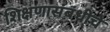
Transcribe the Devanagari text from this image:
शिक्षणासंबंधीचे